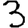
Digit: 3